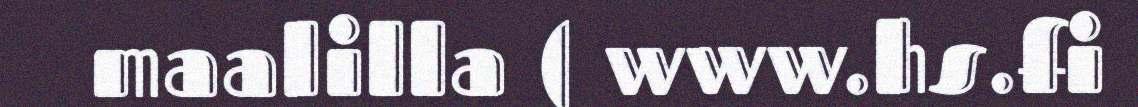
maalilla ( www.hs.fi